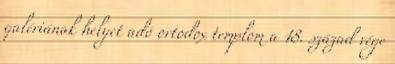
galériának helyet adó ortodox templom a 18. század vége